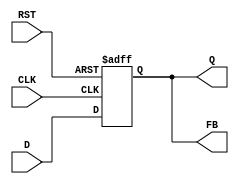
module FeedbackRegister (
    input wire CLK,    // Clock input
    input wire RST,    // Reset input
    input wire D,      // Data input
    output reg Q,      // Stored data output
    output wire FB     // Feedback output
);

// Assign the feedback output to the stored value
assign FB = Q;

// On the rising edge of the clock or when reset is asserted
always @(posedge CLK or posedge RST) begin
    if (RST) begin
        Q <= 1'b0;  // Asynchronous reset to 0
    end else begin
        Q <= D;     // Store the input data D on the clock edge
    end
end

endmodule